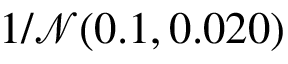
1 / \mathcal { N } ( 0 . 1 , 0 . 0 2 0 )